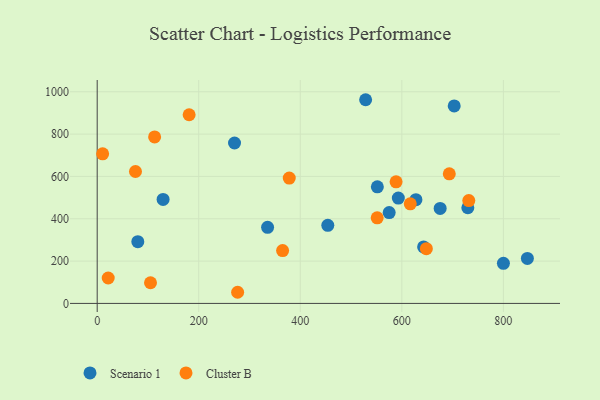
{"axis": {"x": "Investment", "y": "Rating"}, "legend": ["Cluster B", "Scenario 1"], "data": [{"x": "703.2", "y": 932.9, "type": "Scenario 1"}, {"x": "575.1", "y": 429.3, "type": "Scenario 1"}, {"x": "551.8", "y": 550.7, "type": "Scenario 1"}, {"x": "675.5", "y": 448.9, "type": "Scenario 1"}, {"x": "129.8", "y": 491.1, "type": "Scenario 1"}, {"x": "593.1", "y": 497.7, "type": "Scenario 1"}, {"x": "528.7", "y": 962.4, "type": "Scenario 1"}, {"x": "730.0", "y": 452.0, "type": "Scenario 1"}, {"x": "454.2", "y": 368.8, "type": "Scenario 1"}, {"x": "642.9", "y": 266.8, "type": "Scenario 1"}, {"x": "80.0", "y": 291.7, "type": "Scenario 1"}, {"x": "847.3", "y": 212.7, "type": "Scenario 1"}, {"x": "270.5", "y": 757.9, "type": "Scenario 1"}, {"x": "627.8", "y": 490.2, "type": "Scenario 1"}, {"x": "800.1", "y": 189.6, "type": "Scenario 1"}, {"x": "335.6", "y": 359.4, "type": "Scenario 1"}, {"x": "105.0", "y": 97.5, "type": "Cluster B"}, {"x": "365.2", "y": 249.4, "type": "Cluster B"}, {"x": "75.4", "y": 623.3, "type": "Cluster B"}, {"x": "588.7", "y": 574.7, "type": "Cluster B"}, {"x": "731.9", "y": 485.9, "type": "Cluster B"}, {"x": "693.5", "y": 612.2, "type": "Cluster B"}, {"x": "181.1", "y": 891.3, "type": "Cluster B"}, {"x": "616.6", "y": 470.7, "type": "Cluster B"}, {"x": "378.3", "y": 592.4, "type": "Cluster B"}, {"x": "21.7", "y": 120.0, "type": "Cluster B"}, {"x": "10.7", "y": 706.8, "type": "Cluster B"}, {"x": "648.3", "y": 258.4, "type": "Cluster B"}, {"x": "276.6", "y": 52.6, "type": "Cluster B"}, {"x": "113.1", "y": 786.7, "type": "Cluster B"}, {"x": "551.5", "y": 404.6, "type": "Cluster B"}]}